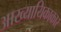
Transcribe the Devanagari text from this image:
आख्यायिकाकार